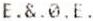
E.&.0.E.